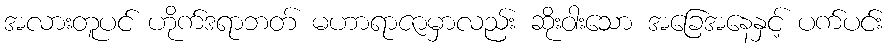
အလားတူပင် ဟိုက်ဒရာဘတ် မဟာရာဇာမှာလည်း ဆိုးဝါးသော အခြေအနေနှင့် ပက်ပင်း